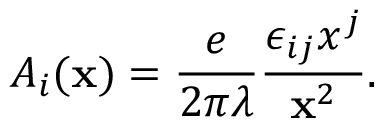
A _ { i } ( { \bf x } ) = \frac { e } { 2 \pi \lambda } \frac { \epsilon _ { i j } x ^ { j } } { { \bf x } ^ { 2 } } .